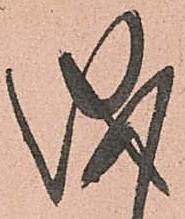
儀